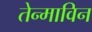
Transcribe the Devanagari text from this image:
तेन्माविन